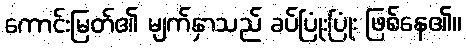
ကောင်းမြတ်၏ မျက်နှာသည် ခပ်ပြုံးပြုံး ဖြစ်နေ၏။